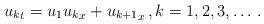
LaTeX: \begin{align*}{u_k}_t=u_1{u_k}_x+{u_{k+1}}_x\, ,k=1,2,3,\dots\, . \end{align*}